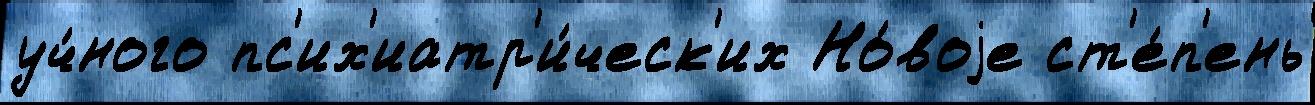
уч́ного пс'их'иатр'и́ческ'их Но́воjе ст'е́п'ень